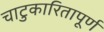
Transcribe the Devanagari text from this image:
चाटुकारितापूर्ण